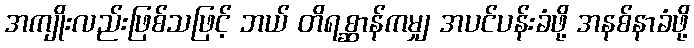
အကျိုးလည်းဖြစ်သဖြင့် ဘယ် တိရစ္ဆာန်ကမျှ အပင်ပန်းခံဖို့ အနစ်နာခံဖို့